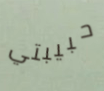
حبيبتي